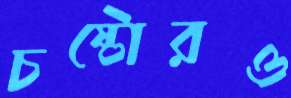
চষ্টোরও